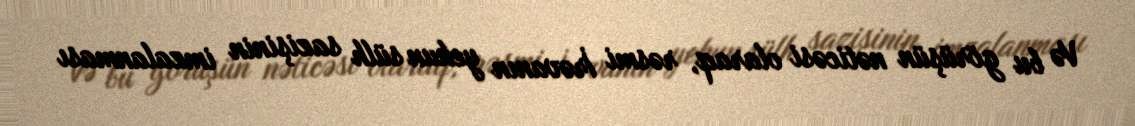
Və bu görüşün nəticəsi olaraq, rəsmi İrəvanın yekun sülh sazişinin imzalanması